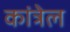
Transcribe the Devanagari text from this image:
कांत्रेल